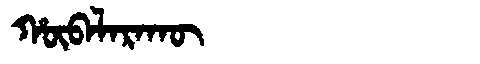
Manchu: ᡥᡡᠪᠠᠯᠠᡵᠠᡴᡡ
Romanization: HŪBALARAKŪ